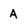
Character: A